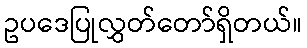
ဥပဒေပြုလွှတ်တော်ရှိတယ်။